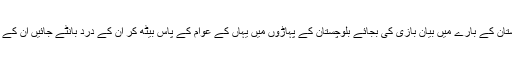
اسلام آباد کے فائیو سٹار کمروں میں بیٹھ کر بلوچستان کے بارے میں بیان بازی کی بجائے بلوچستان کے پہاڑوں میں یہاں کے عوام کے پاس بیٹھ کر ان کے درد بانٹے جائیں ان کے آنسو کم کرنے کے لئے عملی کردار ادا کیا جائے۔